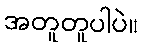
အတူတူပါပဲ။